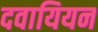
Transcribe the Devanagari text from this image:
दवायियन